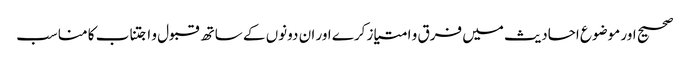
صحیح اور موضوع احادیث میں فرق و امتیاز کرے اور ان دونوں کے ساتھ قبول و اجتناب کا مناسب